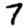
Digit: 7